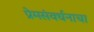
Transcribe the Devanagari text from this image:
प्रेमसंवर्धनाचा